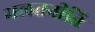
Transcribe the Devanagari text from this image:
गलतनीति